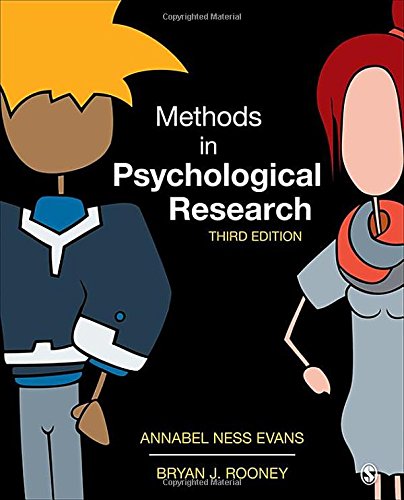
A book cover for Methods in Psychological Research; Annabel Ness Evans; Medical Books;